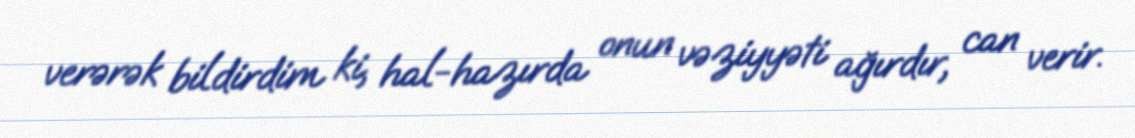
verərək bildirdim ki, hal-hazırda onun vəziyyəti ağırdır, can verir.